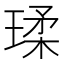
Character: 瑈